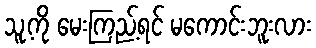
သူ့ကို မေးကြည့်ရင် မကောင်းဘူးလား